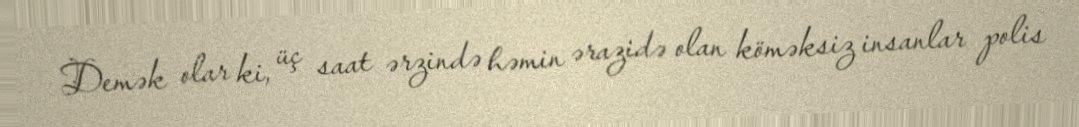
Demək olar ki, üç saat ərzində həmin ərazidə olan köməksiz insanlar polis